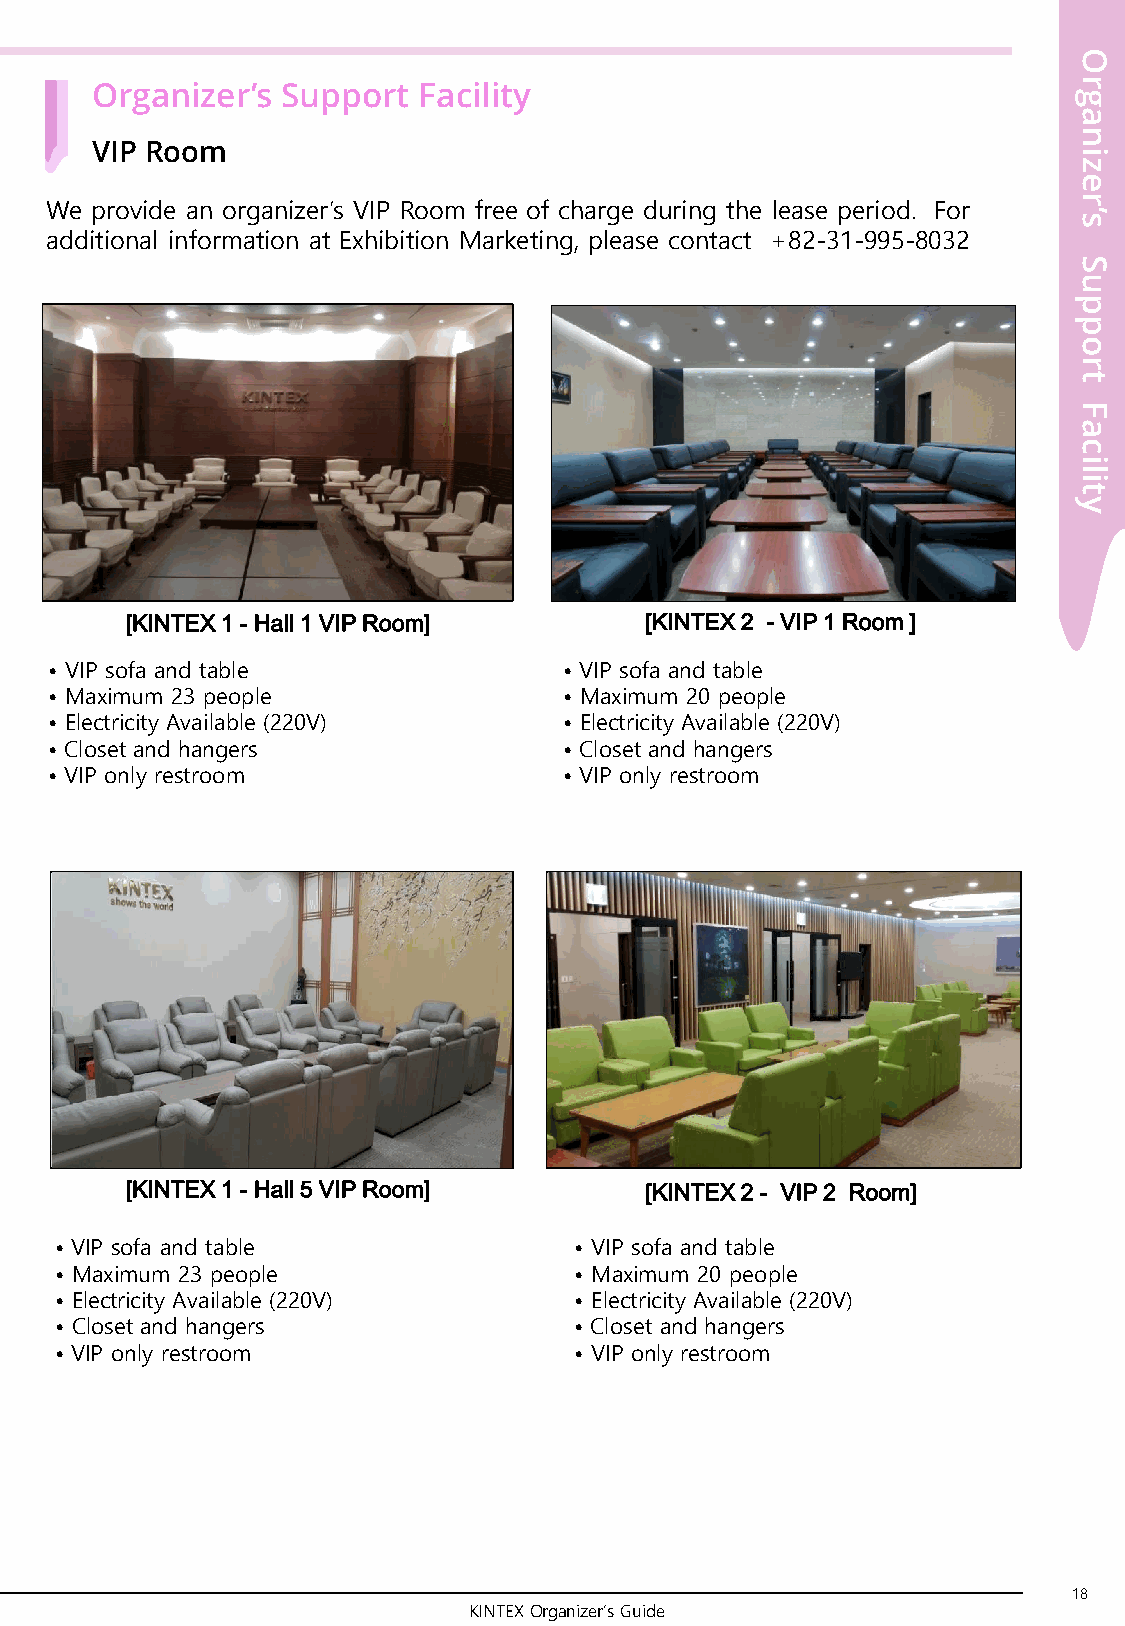
O
 r
 Organizer’s  Support  Facility
 g
 a
 n
 VIP Room
 i
 z
 e
 r
 We provide an organizer’s VIP Room free of charge during the lease period. For
 s’
 additional information at Exhibition Marketing, please contact +82-31-995-8032
 S
 u
 p
 p
 o
 r
 t
 F
 a
 c
 i
 l
 i
 t
 y
 [KINTEX 1 - Hall 1 VIP Room]       [KINTEX 2 - VIP 1 Room ]
 • VIP sofa and table              • VIP sofa and table
 • Maximum 23 people               • Maximum 20 people
 • Electricity Available (220V)    • Electricity Available (220V)
 • Closet and hangers              • Closet and hangers
 • VIP only restroom               • VIP only restroom
 [KINTEX 1 - Hall 5 VIP Room]       [KINTEX 2 - VIP 2 Room]
 • VIP sofa and table              • VIP sofa and table
 • Maximum 23 people               • Maximum 20 people
 • Electricity Available (220V)    • Electricity Available (220V)
 • Closet and hangers              • Closet and hangers
 • VIP only restroom               • VIP only restroom
 18
 KINTEX Organizer’s Guide